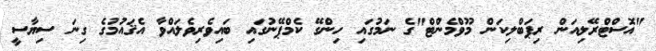
"އޮސްޓްރޭލިއަން ރިޕަބްލިކަން މޫވްމެންޓް"ގެ ނަމުގައި ހިންގޭ ކެމްޕޭނުގައި ބައިވެރިވެލައްވާ އެޤައުމުގެ ގިނަ ސިޔާސީ